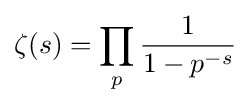
\zeta (s)=\prod _{p}{\frac {1}{1-p^{-s}}}